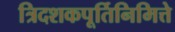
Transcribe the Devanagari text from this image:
त्रिदशकपूर्तिनिमित्ते